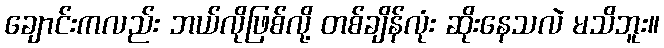
ချောင်းကလည်း ဘယ်လိုဖြစ်လို့ တစ်ချိန်လုံး ဆိုးနေသလဲ မသိဘူး။